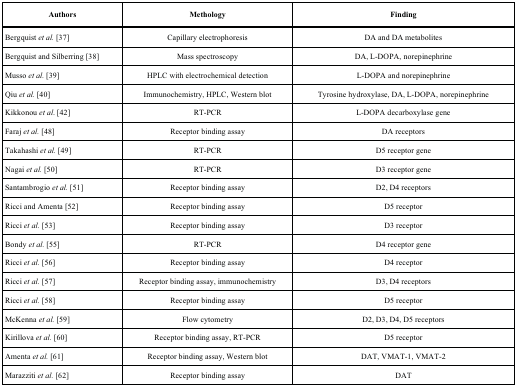
<table><thead><tr><td><b>Authors</b></td><td><b>Methology</b></td><td><b>Finding</b></td></tr></thead><tbody><tr><td>Bergquist <i>et al.</i> [37]</td><td>Capillaryelectrophoresis</td><td>DA and DAmetabolites</td></tr><tr><td>Bergquist and Silberring [38]</td><td>Massspectroscopy</td><td>DA, L-DOPA,norepinephrine</td></tr><tr><td>Musso <i>et al.</i> [39]</td><td>HPLC withelectrochemical detection</td><td>L-DOPA andnorepinephrine</td></tr><tr><td>Qiu <i>et al. </i>[40]</td><td>Immunochemistry, HPLC, Western blot</td><td>Tyrosinehydroxylase, DA, L-DOPA, norepinephrine</td></tr><tr><td>Kikkonou <i>et al</i>. [42]</td><td>RT-PCR</td><td>L-DOPAdecarboxylase gene</td></tr><tr><td>Faraj <i>et al. </i>[48]</td><td>Receptor binding assay</td><td>DA receptors</td></tr><tr><td>Takahashi <i>et al. </i>[49]</td><td>RT-PCR</td><td>D5 receptorgene</td></tr><tr><td>Nagai <i>et al. </i>[50]</td><td>RT-PCR</td><td>D3 receptorgene</td></tr><tr><td>Santambrogio <i>et al. </i>[51]</td><td>Receptorbinding assay</td><td>D2, D4receptors</td></tr><tr><td>Ricci and Amenta [52]</td><td>Receptorbinding assay</td><td>D5 receptor</td></tr><tr><td>Ricci <i>et al.</i> [53]</td><td>Receptorbinding assay</td><td>D3 receptor</td></tr><tr><td>Bondy <i>et al.</i> [55]</td><td>RT-PCR</td><td>D4 receptorgene</td></tr><tr><td>Ricci <i>et al.</i> [56]</td><td>Receptorbinding assay</td><td>D4 receptor</td></tr><tr><td>Ricci <i>et al. </i>[57]</td><td>Receptorbinding assay, immunochemistry</td><td>D3, D4receptors</td></tr><tr><td>Ricci <i>et al.</i> [58]</td><td>Receptorbinding assay</td><td>D5 receptor</td></tr><tr><td>McKenna <i>et al.</i> [59]</td><td>Flowcytometry</td><td>D2, D3, D4,D5 receptors</td></tr><tr><td>Kirillova <i>et al.</i> [60]</td><td>Receptorbinding assay, RT-PCR</td><td>D5 receptor</td></tr><tr><td>Amenta <i>et al.</i> [61]</td><td>Receptorbinding assay, Western blot</td><td>DAT, VMAT-1,VMAT-2</td></tr><tr><td>Marazziti <i>et al.</i> [62]</td><td>Receptorbinding assay</td><td>DAT</td></tr></tbody></table>